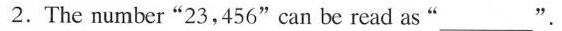
2. The number"23,456"can be read as" ___ "